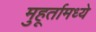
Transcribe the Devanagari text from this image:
मुहूर्तामध्ये